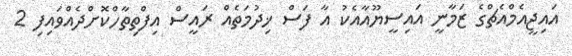
އައިޖީއެމްއެޗްގެ ޒަމާނީ އައިސީޔޫއާއެކު އާ ފަސް ޚިދުމަތެއް ރައީސް އިފްތިތާހްކޮށްދެއްވައިފި 2